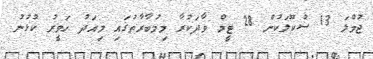
ޖުމްލަ 13 ސުކޫލަކުން 28 ޓީމް ވާދަކުރާ މިމުބާރާތުގައި މިއަދު ހަވީރު ކުޅުނު